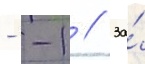
- -1 // За́